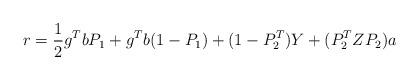
LaTeX: \begin{align*}r={1\over2} g\sp{T} b P_1+g\sp{T} b(1-P_1) +(1-P_2\sp{T})Y+ (P_2\sp{T}ZP_2)a\end{align*}